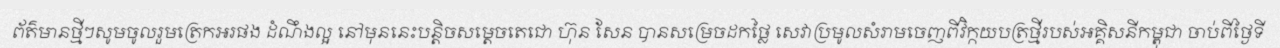
ព័ត៌មានថ្មីៗសូមចូលរួមត្រេកអរផង ដំណឹងល្អ នៅមុននេះបន្តិចសម្តេចតេជោ ហ៊ុន សែន បានសម្រេចដកថ្លៃ សេវាប្រមូលសំរាមចេញពីវិក្កយបត្រថ្មីរបស់អគ្គិសនីកម្ពុជា ចាប់ពីថ្ងៃទី